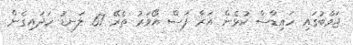
ޖަވާބުގައި ހައިޑްސް ކުޅެން އަރާ ފަސް އޯވަރު ތެރޭ 67 ލަނޑު ހަދައިގެން